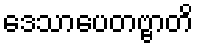
ဒေသာပေတဗ္ဗာတိ